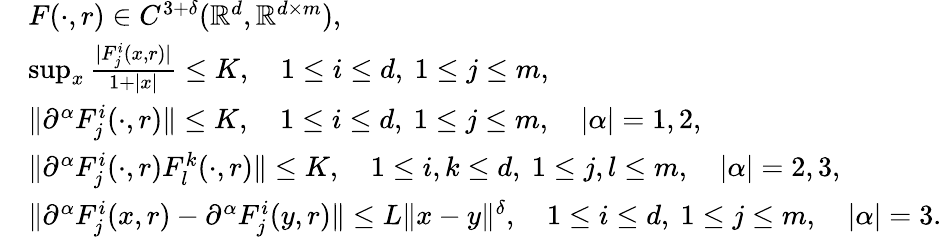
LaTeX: \begin{array}{rl}&{F(\cdot,r)\in C^{3+\delta}(\mathbb{R}^{d},\mathbb{R}^{d\times m}),}\\ &{\operatorname*{sup}_{x}\frac{|F_{j}^{i}(x,r)|}{1+|x|}\leq K,\quad 1\leq i\leq d,\ 1\leq j\leq m,}\\ &{\| \partial^{\alpha}F_{j}^{i}(\cdot,r)\| \leq K,\quad 1\leq i\leq d,\ 1\leq j\leq m,\quad|\alpha|=1,2,}\\ &{\| \partial^{\alpha}F_{j}^{i}(\cdot,r)F_{l}^{k}(\cdot,r)\| \leq K,\quad 1\leq i,k\leq d,\ 1\leq j,l\leq m,\quad|\alpha|=2,3,}\\ &{\| \partial^{\alpha}F_{j}^{i}(x,r)-\partial^{\alpha}F_{j}^{i}(y,r)\| \leq L\| x-y\| ^{\delta},\quad 1\leq i\leq d,\ 1\leq j\leq m,\quad|\alpha|=3.}\end{array}